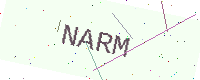
Text: NARM